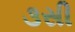
૩સી